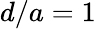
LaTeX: d/a=1